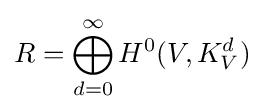
R=\bigoplus _{d=0}^{\infty }H^{0}(V,K_{V}^{d})